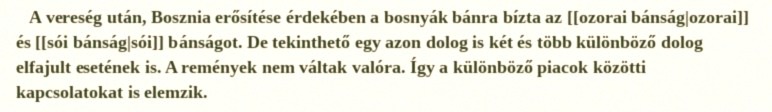
A vereség után, Bosznia erősítése érdekében a bosnyák bánra bízta az [[ozorai bánság|ozorai]] és [[sói bánság|sói]] bánságot. De tekinthető egy azon dolog is két és több különböző dolog elfajult esetének is. A remények nem váltak valóra. Így a különböző piacok közötti kapcsolatokat is elemzik.